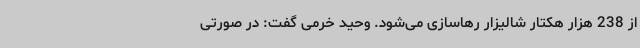
از 238 هزار هکتار شالیزار رهاسازی می‌شود. وحید خرمی گفت: در صورتی